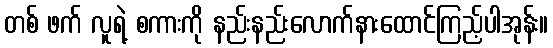
တစ် ဖက် လူရဲ့ စကားကို နည်းနည်းလောက်နားထောင်ကြည့်ပါအုန်း။